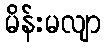
မိန်းမလျာ